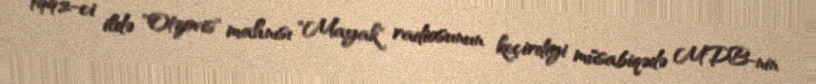
1992-ci ildə "Otzovis" mahnısı "Mayak" radiosunun keçirdiyi müsabiqədə MDB-nin